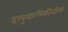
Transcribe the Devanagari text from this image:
द्रायुयामिकीतील